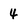
Character: 4